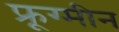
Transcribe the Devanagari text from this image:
फ्रूग्मीन